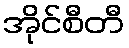
အိုင်စီတီ